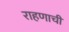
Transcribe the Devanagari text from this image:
राहणाची